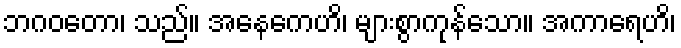
ဘဂဝတော၊ သည်။ အနေကေဟိ၊ များစွာကုန်သော။ အကာရေဟိ၊